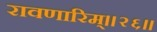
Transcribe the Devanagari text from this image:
रावणारिम्‌॥२६॥